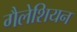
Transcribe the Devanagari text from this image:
गैलेशियन